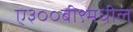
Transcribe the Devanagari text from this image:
ए३००बी९मधील